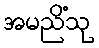
အမညိံသု